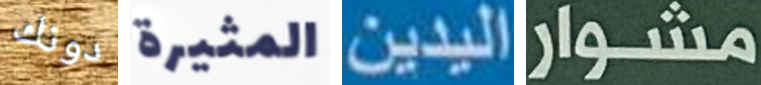
دونك المثيرة اليدين مشوار